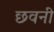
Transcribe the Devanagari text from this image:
छवनी